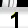
Digit: 1